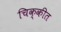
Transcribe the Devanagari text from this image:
चिक्कीत